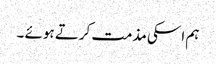
ہم اسکی مذمت کرتے ہوئے ۔